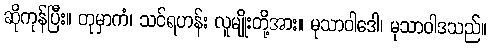
ဆိုကုန်ပြီး။ တုမှာကံ၊ သင်ရဟန်း လူမျိုးတို့အား။ မုသာဝါဒေါ၊ မုသာဝါဒသည်။